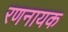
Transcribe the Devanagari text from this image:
रणनायक